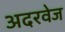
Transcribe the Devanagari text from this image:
अदरवेज